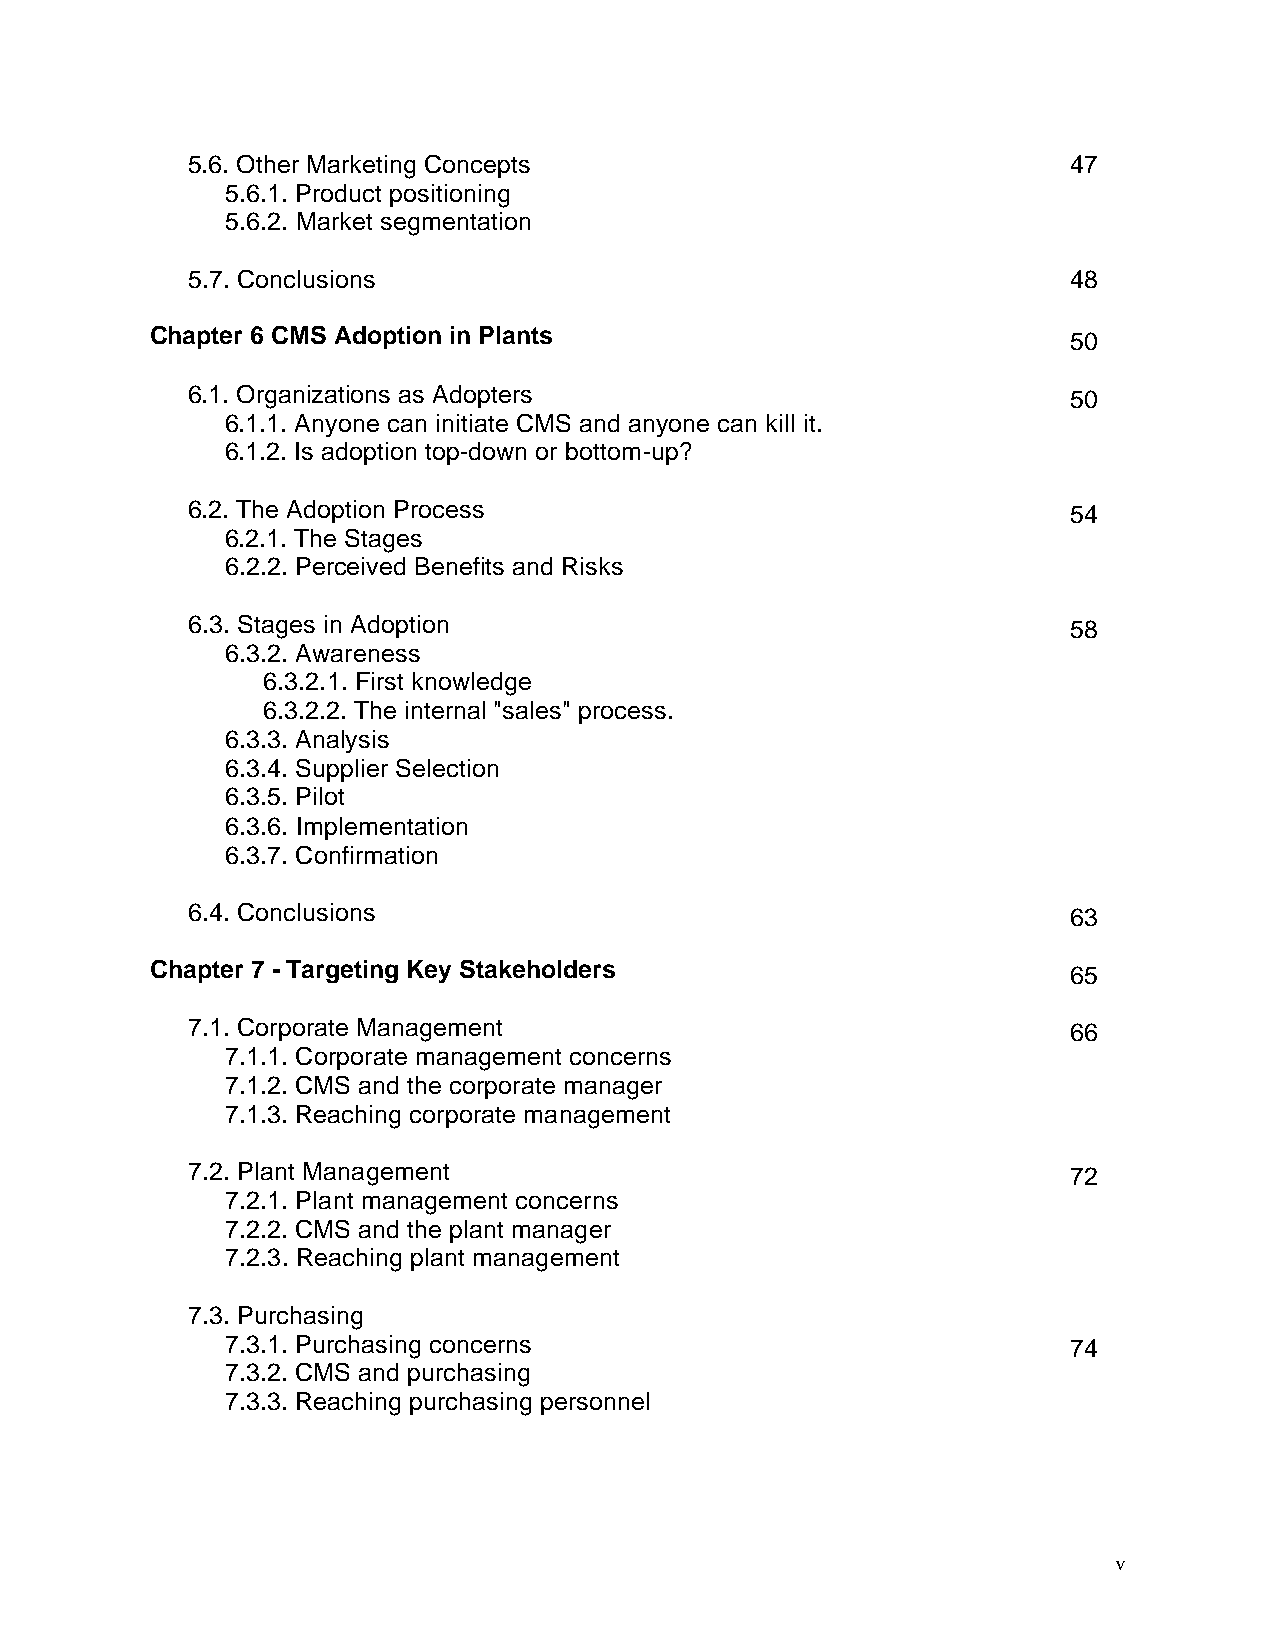
5.6. Other Marketing Concepts                              47
 5.6.1. Product positioning
 5.6.2. Market segmentation
 5.7. Conclusions                                           48
 Chapter 6 CMS Adoption in Plants                             50
 6.1. Organizations as Adopters                             50
 6.1.1. Anyone can initiate CMS and anyone can kill it.
 6.1.2. Is adoption top-down or bottom-up?
 6.2. The Adoption Process                                  54
 6.2.1. The Stages
 6.2.2. Perceived Benefits and Risks
 6.3. Stages in Adoption                                    58
 6.3.2. Awareness
 6.3.2.1. First knowledge
 6.3.2.2. The internal "sales" process.
 6.3.3. Analysis
 6.3.4. Supplier Selection
 6.3.5. Pilot
 6.3.6. Implementation
 6.3.7. Confirmation
 6.4. Conclusions                                           63
 Chapter 7 - Targeting Key Stakeholders                       65
 7.1. Corporate Management                                  66
 7.1.1. Corporate management concerns
 7.1.2. CMS and the corporate manager
 7.1.3. Reaching corporate management
 7.2. Plant Management                                      72
 7.2.1. Plant management concerns
 7.2.2. CMS and the plant manager
 7.2.3. Reaching plant management
 7.3. Purchasing
 7.3.1. Purchasing concerns                              74
 7.3.2. CMS and purchasing
 7.3.3. Reaching purchasing personnel
 v